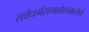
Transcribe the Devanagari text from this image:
सर्वधर्मसमावेशकतेचे